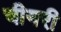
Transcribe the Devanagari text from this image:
चीयरी